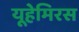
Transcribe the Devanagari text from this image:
यूहेमिरस